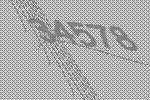
34578